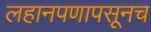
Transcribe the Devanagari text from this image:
लहानपणापसूनच